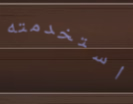
استخدمته